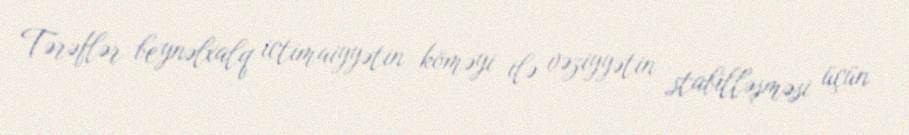
Tərəflər beynəlxalq ictimaiyyətin köməyi ilə vəziyyətin stabilləşməsi üçün